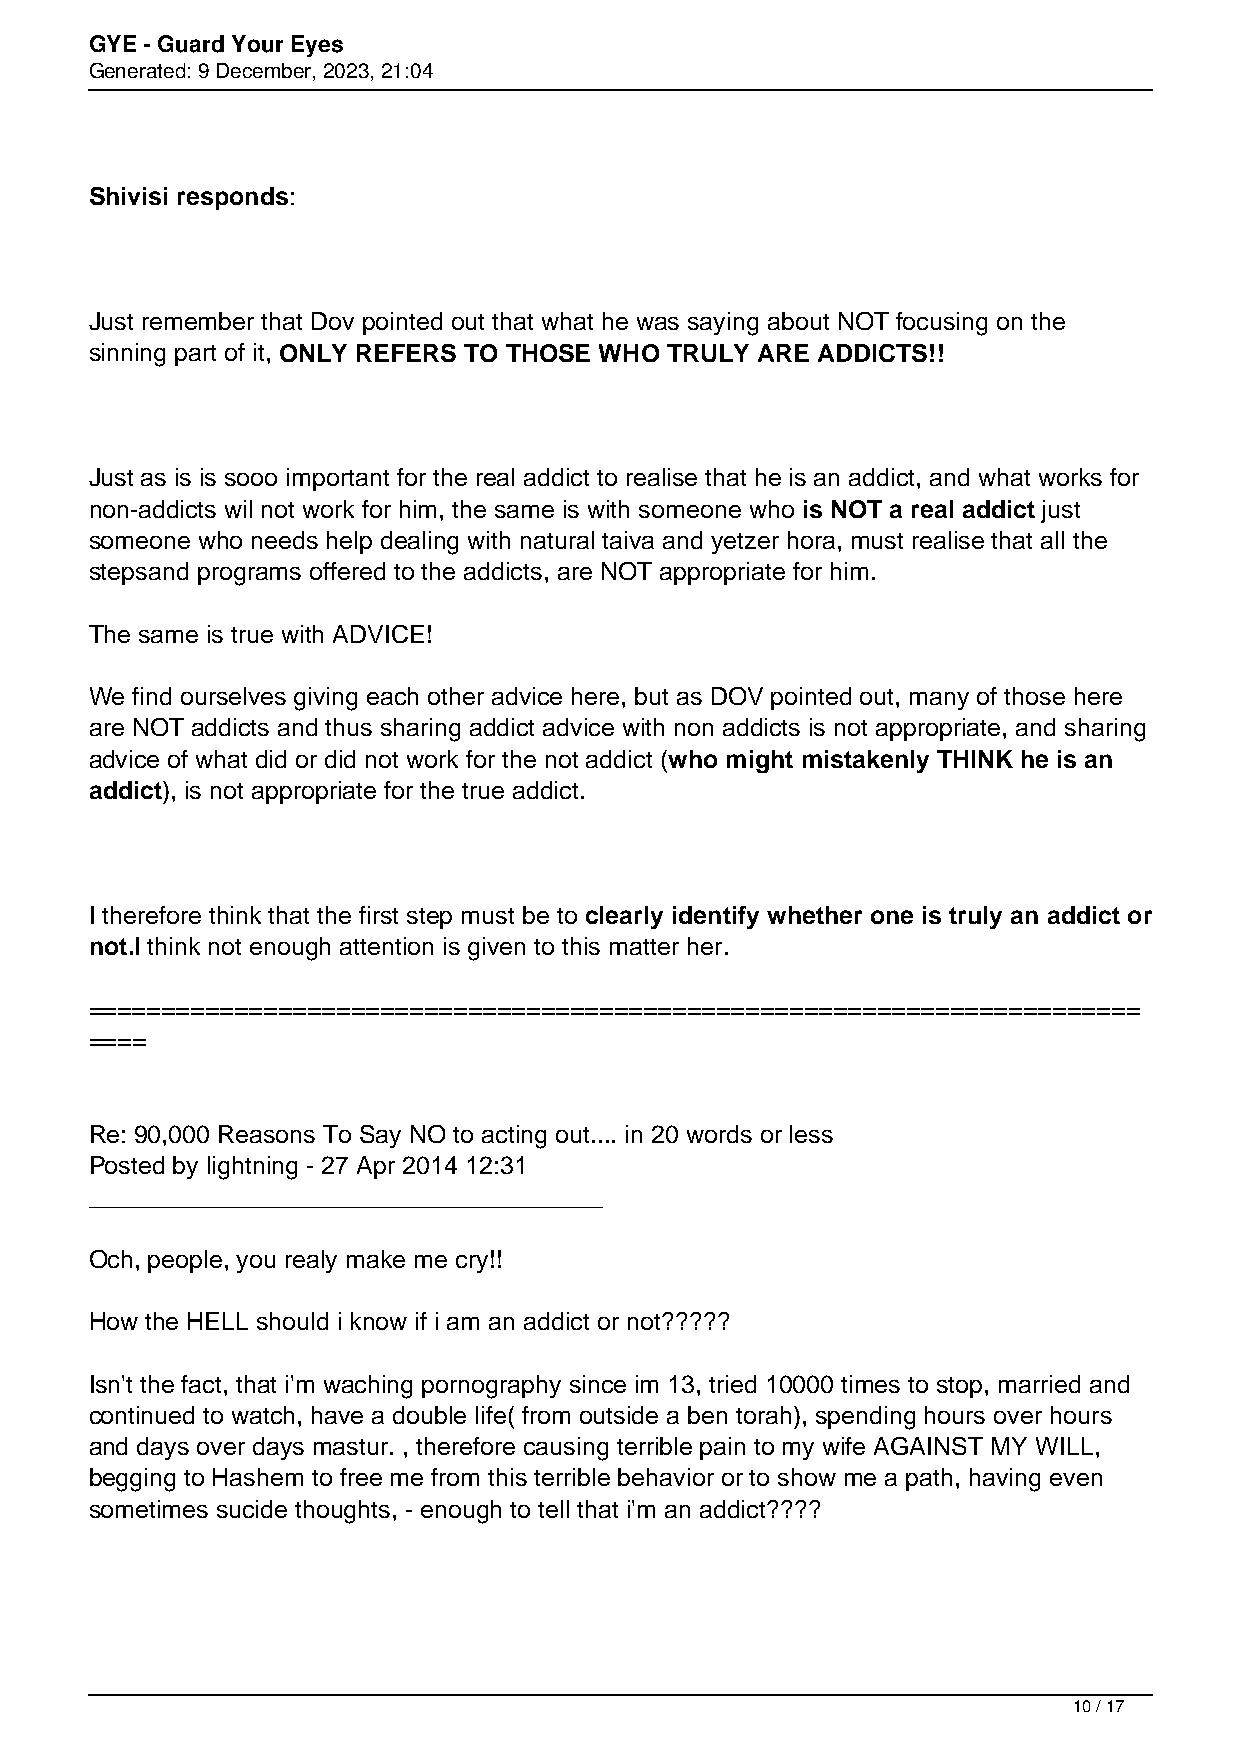
GYE - Guard Your Eyes
 Generated: 9 December, 2023, 21:04
 Shivisi responds:
 Just remember that Dov pointed out that what he was saying about NOT focusing on the
 sinning part of it, ONLY REFERS TO THOSE WHO TRULY ARE ADDICTS!!
 Just as is is sooo important for the real addict to realise that he is an addict, and what works for
 non-addicts wil not work for him, the same is with someone who is NOT a real addict just
 someone who needs help dealing with natural taiva and yetzer hora, must realise that all the
 stepsand programs offered to the addicts, are NOT appropriate for him.
 The same is true with ADVICE!
 We find ourselves giving each other advice here, but as DOV pointed out, many of those here
 are NOT addicts and thus sharing addict advice with non addicts is not appropriate, and sharing
 advice of what did or did not work for the not addict (who might mistakenly THINK he is an
 addict), is not appropriate for the true addict.
 I therefore think that the first step must be to clearly identify whether one is truly an addict or
 not.I think not enough attention is given to this matter her.
 ========================================================================
 ====
 Re: 90,000 Reasons To Say NO to acting out.... in 20 words or less
 Posted by lightning - 27 Apr 2014 12:31
 _____________________________________
 Och, people, you realy make me cry!!
 How the HELL should i know if i am an addict or not?????
 Isn't the fact, that i'm waching pornography since im 13, tried 10000 times to stop, married and
 continued to watch, have a double life( from outside a ben torah), spending hours over hours
 and days over days mastur. , therefore causing terrible pain to my wife AGAINST MY WILL,
 begging to Hashem to free me from this terrible behavior or to show me a path, having even
 sometimes sucide thoughts, - enough to tell that i'm an addict????
 10 / 17